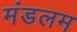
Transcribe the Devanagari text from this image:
मंडलम